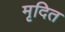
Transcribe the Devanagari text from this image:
मृदित